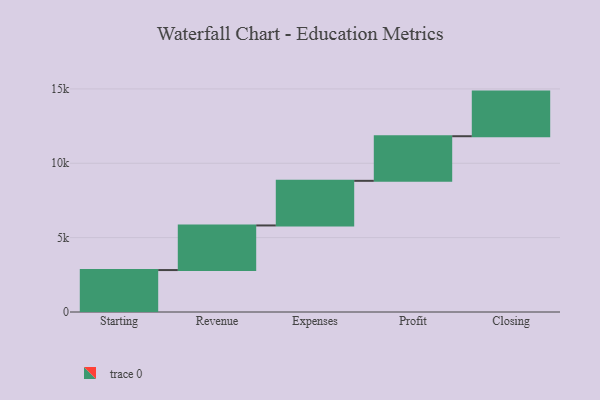
{"axis": {"x": "Step", "y": "Value"}, "legend": [""], "data": [{"x": "Starting", "y": 2820.0, "type": ""}, {"x": "Revenue", "y": 3000, "type": ""}, {"x": "Expenses", "y": 3000, "type": ""}, {"x": "Profit", "y": 3000, "type": ""}, {"x": "Closing", "y": 3000, "type": ""}]}